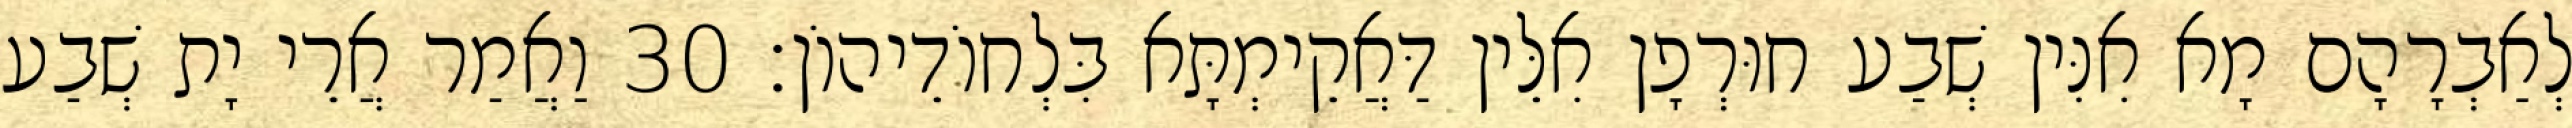
לְאַבְרָהָם מָא אִנִּין שְׁבַע חוּרְפָן אִלֵּין דַּאֲקֵימְתָּא בִּלְחוֹדֵיהוֹן׃ 30 וַאֲמַר אֲרֵי יָת שְׁבַע